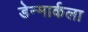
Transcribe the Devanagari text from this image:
डेन्मार्कला